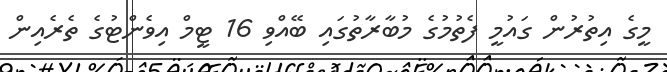
މީގެ އިތުރުން ގައުމީ ފެތުމުގެ މުބާރާތުގައި ބޭއްވި 16 ޓީމް އިވެންޓުގެ ތެރެއިން